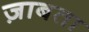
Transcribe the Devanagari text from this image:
ज़ाबता